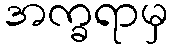
အက္ခရာမှ